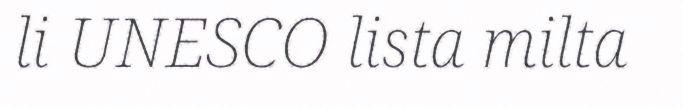
li UNESCO lista milta